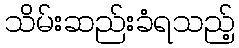
သိမ်းဆည်းခံရသည့်